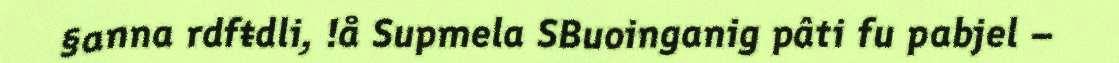
§anna rdfŧdli, !å Supmela SBuoinganig pâti fu pabjel –